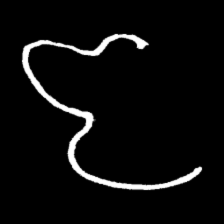
Pyu character \u2014 Myanmar letter: ဇ (romanized: ja)